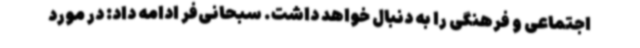
اجتماعی و فرهنگی را به دنبال خواهد داشت. سبحانی‌فر ادامه داد: در مورد